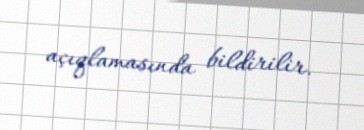
açıqlamasında bildirilir.